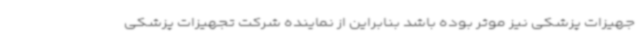
جهیزات پزشکی نیز موثر بوده باشد بنابراین از نماینده شرکت تجهیزات پزشکی